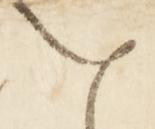
を